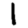
Digit: 1